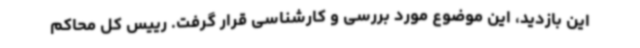
این بازدید، این موضوع مورد بررسی و کارشناسی قرار گرفت. رییس کل محاکم